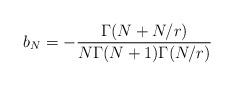
LaTeX: \begin{align*} b_N=- \frac{\Gamma(N+N/r)}{N\Gamma(N+1)\Gamma(N/r)} \end{align*}